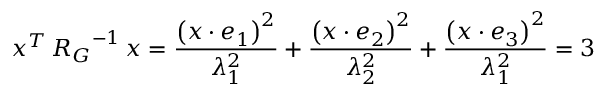
\boldsymbol { x } ^ { T } \, \boldsymbol { R _ { G } } ^ { - 1 } \, \boldsymbol { x } = \frac { \left( \boldsymbol { x } \cdot \boldsymbol { e _ { 1 } } \right) ^ { 2 } } { \lambda _ { 1 } ^ { 2 } } + \frac { \left( \boldsymbol { x } \cdot \boldsymbol { e _ { 2 } } \right) ^ { 2 } } { \lambda _ { 2 } ^ { 2 } } + \frac { \left( \boldsymbol { x } \cdot \boldsymbol { e _ { 3 } } \right) ^ { 2 } } { \lambda _ { 1 } ^ { 2 } } = 3